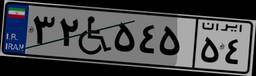
۵۵W۹۳۶۰۱